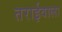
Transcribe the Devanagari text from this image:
तराईवाला